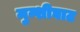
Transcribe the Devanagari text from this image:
मुन्शीघाट